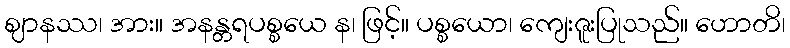
ဈာနဿ၊ အား။ အနန္တရပစ္စယေ န၊ ဖြင့်။ ပစ္စယော၊ ကျေးဇူးပြုသည်။ ဟောတိ၊